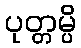
ပုတ္တမ္ပိ